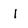
Character: l